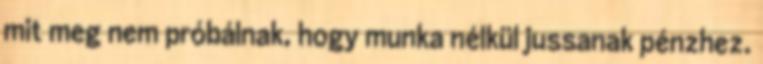
mit meg nem próbálnak, hogy munka nélkül jussanak pénzhez.